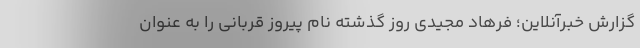
گزارش خبرآنلاین؛ فرهاد مجیدی روز گذشته نام پیروز قربانی را به عنوان